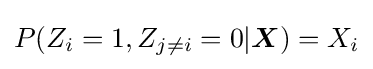
P(Z_{i}=1,Z_{j\neq i}=0|{\boldsymbol {X}})=X_{i}